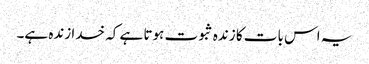
یہ اس بات کا زندہ ثبوت ہوتا ہے کہ خدا زندہ ہے۔